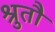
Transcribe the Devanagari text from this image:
श्रुतौ